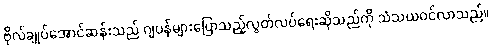
ဗိုလ်ချုပ်အောင်ဆန်းသည် ဂျပန်များပြောသည့်လွတ်လပ်ရေးဆိုသည်ကို သံသယဝင်လာသည်။